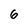
Character: 6